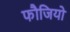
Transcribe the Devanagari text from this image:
फौजियो